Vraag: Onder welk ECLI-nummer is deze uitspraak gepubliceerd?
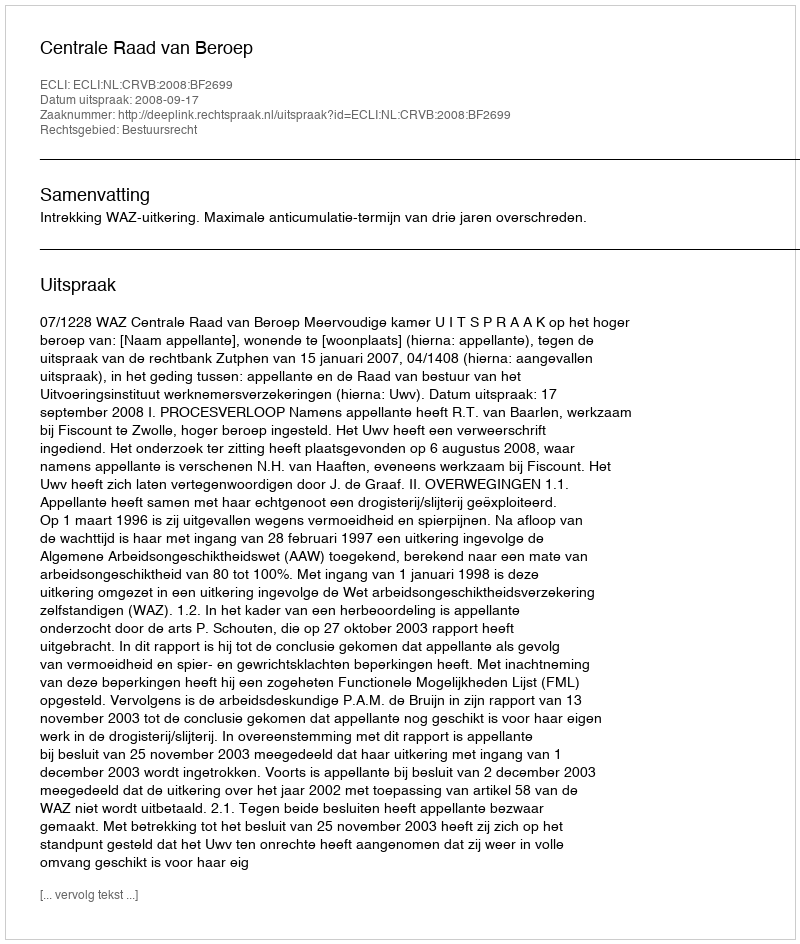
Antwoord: ECLI:NL:CRVB:2008:BF2699